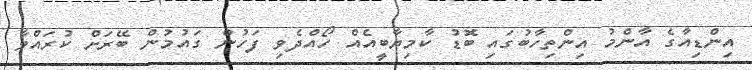
އިންޑިއާގެ އާންމު އިންތިހާބުގައި ބޮޑު ކާމިޔާބީއެއް ހޯއްދެވި ފަހުން ގައުމުން ބޭރަށް ކުރައްވާ